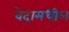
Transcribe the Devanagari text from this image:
वेदामधील